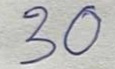
30